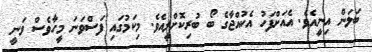
ބަލަން އިނީއެވެ. އެއަށްފަހު އެކުއްޖާގެ ބޯ ބުރިކޮށްލީއެވެ. މިކަމުގައި ފަސްވަނަ މީހާވެސް ވަނީ